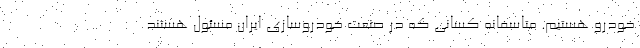
خودرو هستیم. متاسفانه کسانی که در صنعت خودروسازی ایران مسئول هستند